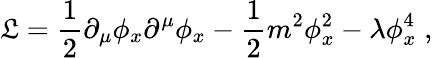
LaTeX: {\cal\mathfrak{L}}={\frac{{1}}{{2}}}\partial_{\mu}\phi_{x}\partial^{\mu}\phi_{x}-{\frac{{1}}{{2}}}m^{2}\phi_{x}^{2}-\lambda\phi_{x}^{4}\; ,